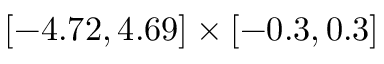
[ - 4 . 7 2 , 4 . 6 9 ] \times [ - 0 . 3 , 0 . 3 ]